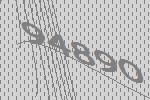
94890